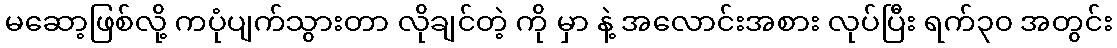
မဆော့ဖြစ်လို့ ကပုံပျက်သွားတာ လိုချင်တဲ့ ကို မှာ နဲ့ အလောင်းအစား လုပ်ပြီး ရက်၃၀ အတွင်း